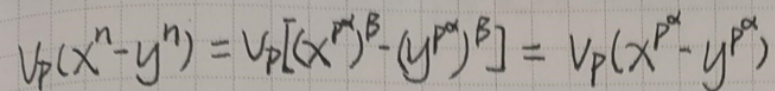
\[ v_p(x^n - y^n) = v_p[(x^{p^{\alpha}})^B - (y^{p^{\alpha}})^B] = v_p(x^{p^{\alpha}} - y^{p^{\alpha}}) \]